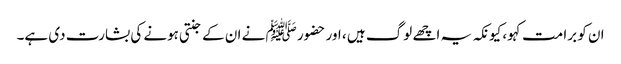
ان کو برا مت کہو، کیونکہ یہ اچھے لوگ ہیں ، اور حضور ﷺ نے ان کے جنتی ہونے کی بشارت دی ہے۔